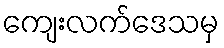
ကျေးလက်ဒေသမှ